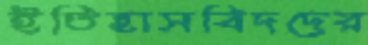
ইতিহাসবিদদের